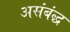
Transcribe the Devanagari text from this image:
असंबंद्ध